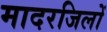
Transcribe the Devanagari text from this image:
मादरजिलों